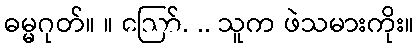
ဓမ္မဂုတ်။ ။ ဪ. .. သူက ဖဲသမားကိုး။